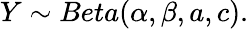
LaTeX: Y\sim Beta(\alpha,\beta,a,c).